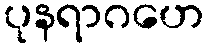
ပုနရာဂဟေ